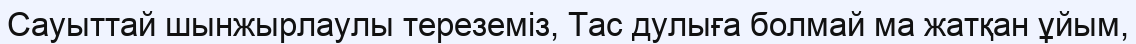
Сауыттай шынжырлаулы тереземіз, Тас дулыға болмай ма жатқан ұйым,